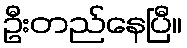
ဦးတည်နေပြီ။